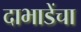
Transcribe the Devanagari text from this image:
दाभाडेंचा